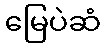
မြေပဲဆံ